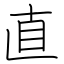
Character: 直